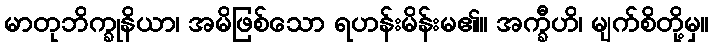
မာတုဘိက္ခုနိယာ၊ အမိဖြစ်သော ရဟန်းမိန်းမ၏။ အက္ခီဟိ၊ မျက်စိတို့မှ။